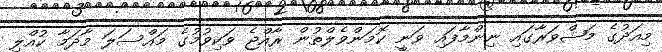
މިއަދުގެ މަޝްވަރާގައި ނިންމާފައި ވަނީ ކޮމަންވެލްތުން ރާއްޖެ ވަކިވުމުގެ މައްސަލަ މާދަމާ ކުއްލި